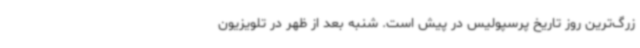
زرگ‌ترین روز تاریخ پرسپولیس در پیش است. شنبه بعد از ظهر در تلویزیون